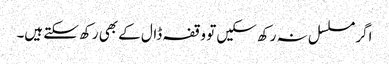
اگر مسلسل نہ رکھ سکیں تو وقفہ ڈال کے بھی رکھ سکتے ہیں۔